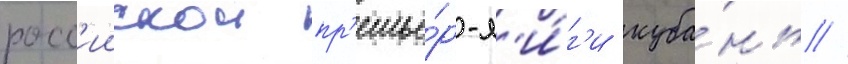
росс'иискои пр'емье́р-л'и́г'и куба́нь //